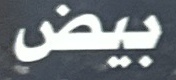
بيض